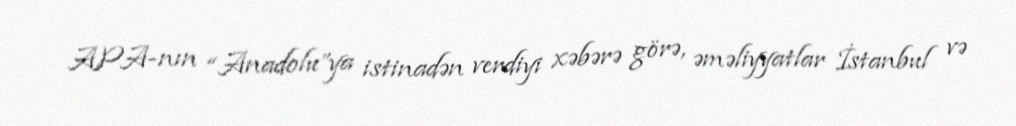
APA-nın “Anadolu”ya istinadən verdiyi xəbərə görə, əməliyyatlar İstanbul və